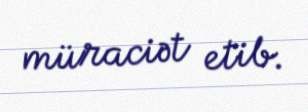
müraciət etib.